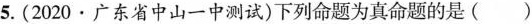
5.(2020·广东省中山一中测试)下列命题为真命题的是()